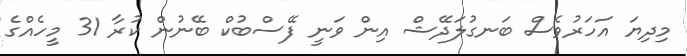
މިދިޔަ އަހަރުވެސް ބަނގުލަދޭޝް އިން ވަނީ ފޭސްބުކް ބޭނުން ކުރާ 31 މީހެއްގެ